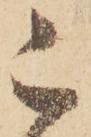
被